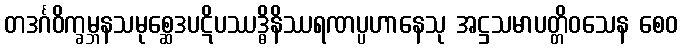
တဒင်္ဂဝိက္ခမ္ဘနသမုစ္ဆေဒပဋိပဿဒ္ဓိနိဿရဏပ္ပဟာနေသု အဋ္ဌသမာပတ္တိဝသေန စေဝ